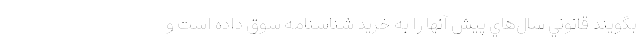
بگويند قانوني سال‌هاي پيش آنها را به خريد شناسنامه سوق داده است و